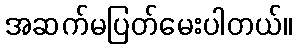
အဆက်မပြတ်မေးပါတယ်။